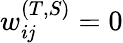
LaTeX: w_{i\mathit{j}}^{(T,S)}=0